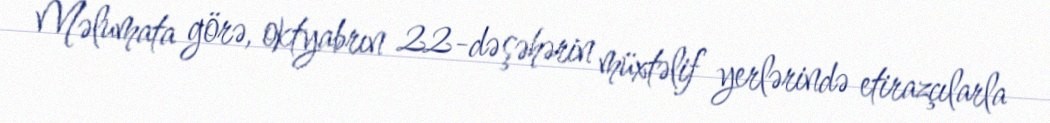
Məlumata görə, oktyabrın 22-də şəhərin müxtəlif yerlərində etirazçılarla